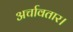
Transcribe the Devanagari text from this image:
अर्चावतार।